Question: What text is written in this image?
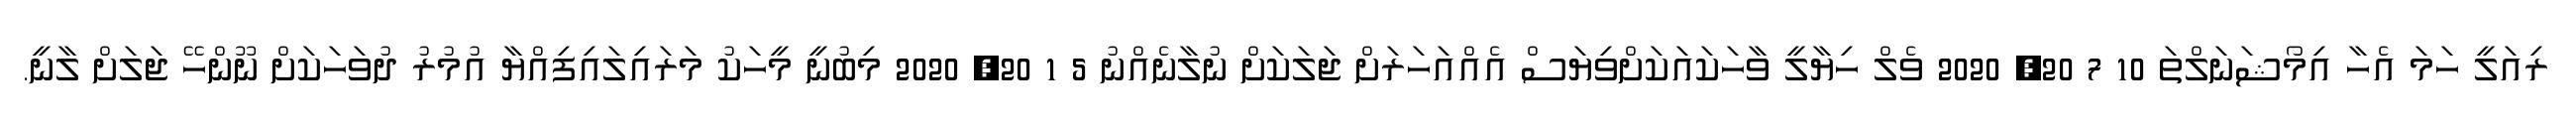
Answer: ރިއަލީ ހަމަ އެހާ އިމޯޝަނަލްތަ 10 7 20, 2020 ވެލް ހިޔާލީ ވާހަކައަކަށްވިޔަސް އެއްއަހަރަށް ޖަލަކަށް ނުލާނެއްނު 5 1 20, 2020 މިބުނީ މީހަކު މަރައިލައިފިއްޔާ އުމުރު ދުވަހަކަށް ނޫންހޭ ޖަލަށް ލާނީ.